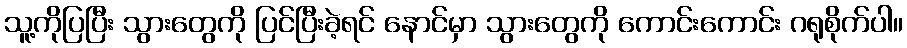
သူ့ကိုပြပြီး သွားတွေကို ပြင်ပြီးခဲ့ရင် နောင်မှာ သွားတွေကို ကောင်းကောင်း ဂရုစိုက်ပါ။